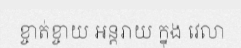
ខ្ចាត់ខ្ចាយ អន្តរាយ ក្នុង វេលា